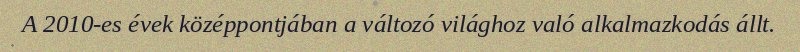
A 2010-es évek középpontjában a változó világhoz való alkalmazkodás állt.